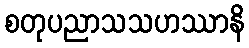
စတုပညာသသဟဿာနိ